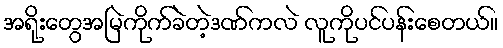
အရိုးတွေအမြဲကိုက်ခဲတဲ့ဒဏ်ကလဲ လူကိုပင်ပန်းစေတယ်။